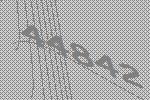
44842